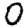
Digit: 0